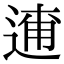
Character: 𨓸